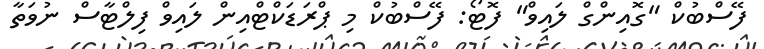
ފޭސްބުކް "ގޮއިންގް ލައިވް" ފޮޓޯ: ފޭސްބުކް މި ޕްރަޑަކްޓްއިން ލައިވް ފިލްޓާސް ނުވަތާ